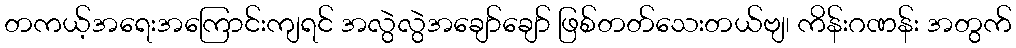
တကယ့်အရေးအကြောင်းကျရင် အလွဲလွဲအချော်ချော် ဖြစ်တတ်သေးတယ်ဗျ၊ ကိန်းဂဏန်း အတွက်